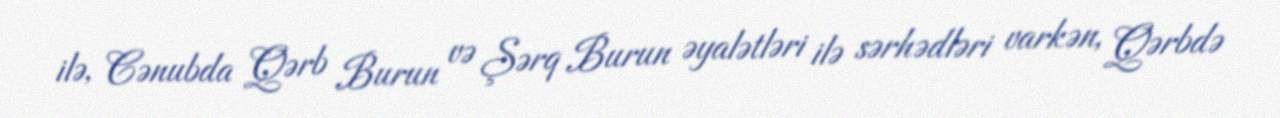
ilə, Cənubda Qərb Burun və Şərq Burun əyalətləri ilə sərhədləri varkən, Qərbdə